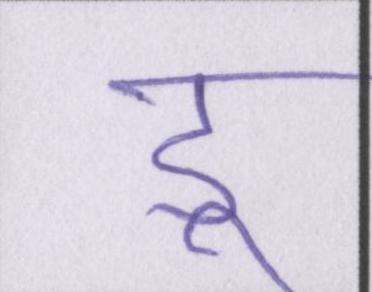
डू